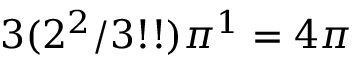
3 ( 2 ^ { 2 } / 3 ! ! ) \pi ^ { 1 } = 4 \pi